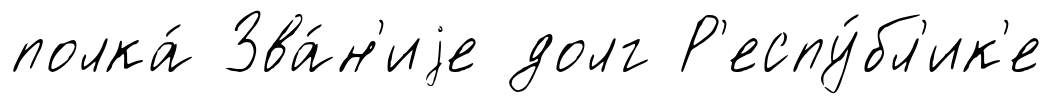
полка́ Зва́н'иjе долг Р'еспу́бл'ик'е